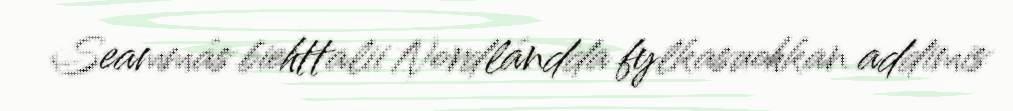
Seammás biehttalii Nordlándda fylkasuohkan addimis